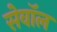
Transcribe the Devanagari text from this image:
सेवॉल